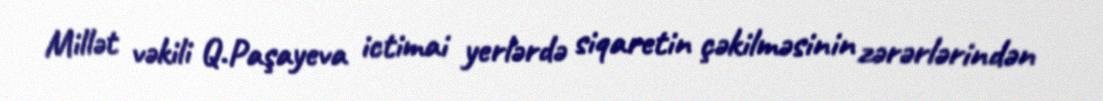
Millət vəkili Q.Paşayeva ictimai yerlərdə siqaretin çəkilməsinin zərərlərindən